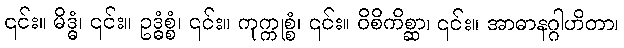
၎င်း။ မိဒ္ဓံ၊ ၎င်း။ ဥဒ္ဓံစ္စံ၊ ၎င်း။ ကုက္ကုစ္စံ၊ ၎င်း။ ဝိစိကိစ္ဆာ၊ ၎င်း။ အာဓာနဂ္ဂါဟိတာ၊